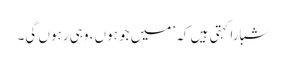
شبارا کہتی ہیں کہ ’میں جو ہوں، وہی رہوں گی۔